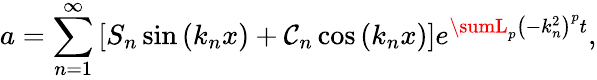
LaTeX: a=\sum_{n=1}^{\infty}\left[S_{n}\sin\left(k_{n}x\right)+\mathcal{C}_{n}\cos\left(k_{n}x\right)\right]e^{\sumL_{p}\left(-k_{n}^{2}\right)^{p}t},